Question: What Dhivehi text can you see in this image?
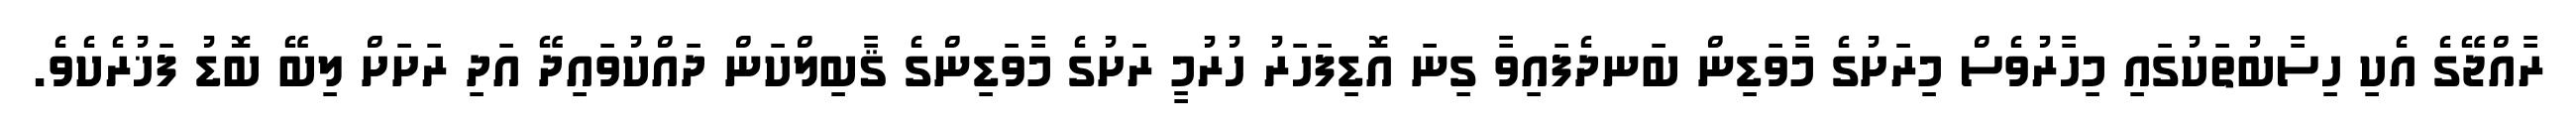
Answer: ރާއްޖޭގެ އެކި ހިސާބުތަކުގައި މިހާރުވެސް މިރަށުގެ މާވަޑިން ބަނދެފައިވާ ގިނަ އޮޑިފަހަރު ހުރުމީ ރަށުގެ މާވަޑިންގެ ޤާބިލްކަން ދައްކުވައިދޭ އަދި ރަށަށް ލިބޭ ބޮޑު ފަޚުރެކެވެ.